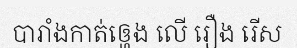
បារាំងកាត់ឲ្ហេង លើ រឿង រើស